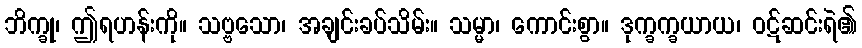
ဘိက္ခု၊ ဤရဟန်းကို။ သဗ္ဗသော၊ အချင်းခပ်သိမ်း။ သမ္မာ၊ ကောင်းစွာ။ ဒုက္ခက္ခယာယ၊ ဝဋ်ဆင်းရဲ၏